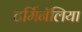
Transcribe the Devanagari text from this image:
टर्मिनॅलिया